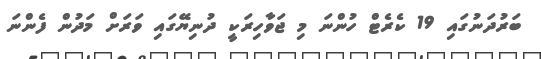
ބަރުދަނުގައި 19 ކެރެޓް ހުންނަ މި ޖަވާހިރަކީ ދުނިޔޭގައި ވަރަށް މަދުން ފެންނަ